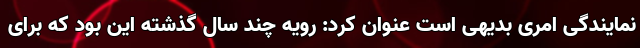
نمایندگی امری بدیهی است عنوان کرد: رویه چند سال گذشته این بود که برای